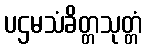
ပဌမသံခိတ္တသုတ္တံ